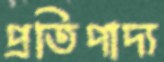
প্রতিপাদ্য